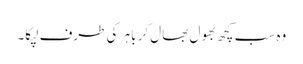
وہ سب کچھ بھول بھال کر باہر کی طرف لپکا۔